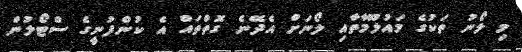
މި ލޯނު ތަކުގެ މައުލޫމާތާއި ލޯނަށް އެދޭނެ ގޮތްތައް އެ ކުންފުނީގެ ސްޓޯލުން